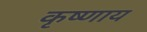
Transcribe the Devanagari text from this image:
कृष्णाय